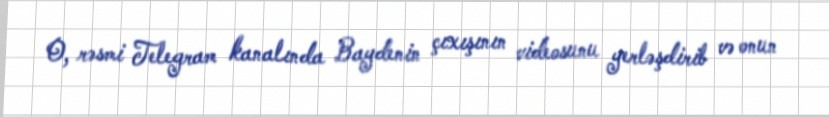
O, rəsmi Telegram kanalında Baydenin çıxışının videosunu yerləşdirib və onun